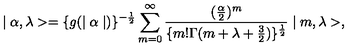
\mid \alpha , \lambda > = \{ g ( \mid \alpha \mid ) \} ^ { - \frac { 1 } { 2 } } \sum _ { m = 0 } ^ { \infty } \frac { ( \frac { \alpha } { 2 } ) ^ { m } } { \{ m ! \Gamma ( m + \lambda + \frac { 3 } { 2 } ) \} ^ { \frac { 1 } { 2 } } } \mid m , \lambda > ,